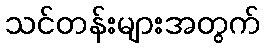
သင်တန်းများအတွက်